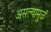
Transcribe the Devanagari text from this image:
असल्यामुळं